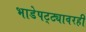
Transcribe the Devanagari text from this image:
भाडेपट्ट्यावरही